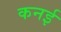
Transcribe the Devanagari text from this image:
कनई